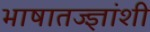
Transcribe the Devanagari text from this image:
भाषातज्ज्ञांशी